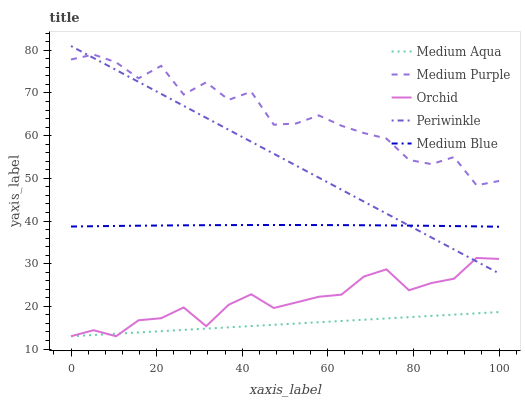
| xaxis_label | Medium Aqua | Medium Purple | Orchid | Periwinkle | Medium Blue |
 | --- | --- | --- | --- | --- | --- |
 | 0 | 13 | 77.8 | 13 | 81 | 38.7 |
 | 5.26 | 13.3 | 79 | 14.4 | 78.2 | 38.8 |
 | 10.5 | 13.6 | 77.2 | 13 | 75.4 | 38.8 |
 | 15.8 | 13.9 | 73.4 | 16.7 | 72.6 | 38.9 |
 | 21.1 | 14.2 | 76.3 | 17.2 | 69.8 | 38.9 |
 | 26.3 | 14.5 | 69.6 | 19.7 | 67 | 39 |
 | 31.6 | 14.8 | 72.5 | 15.4 | 64.2 | 39 |
 | 36.8 | 15.1 | 68.4 | 20.4 | 61.4 | 39 |
 | 42.1 | 15.4 | 70.3 | 22.8 | 58.6 | 39.1 |
 | 47.4 | 15.7 | 62.6 | 19.6 | 55.8 | 39.1 |
 | 52.6 | 16 | 62.9 | 20.9 | 53 | 39.1 |
 | 57.9 | 16.3 | 64.7 | 22.3 | 50.2 | 39.1 |
 | 63.2 | 16.6 | 62.3 | 22.7 | 47.3 | 39 |
 | 68.4 | 16.9 | 60.6 | 27 | 44.5 | 39 |
 | 73.7 | 17.2 | 59.3 | 28.7 | 41.7 | 39 |
 | 78.9 | 17.5 | 54.3 | 23.8 | 38.9 | 38.9 |
 | 84.2 | 17.8 | 53.3 | 25.5 | 36.1 | 38.9 |
 | 89.5 | 18.1 | 55 | 26.5 | 33.3 | 38.8 |
 | 94.7 | 18.4 | 48.4 | 31.3 | 30.5 | 38.7 |
 | 100 | 18.7 | 49.4 | 31.1 | 27.7 | 38.7 |